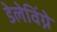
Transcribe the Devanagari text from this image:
डेलेविंग्ने